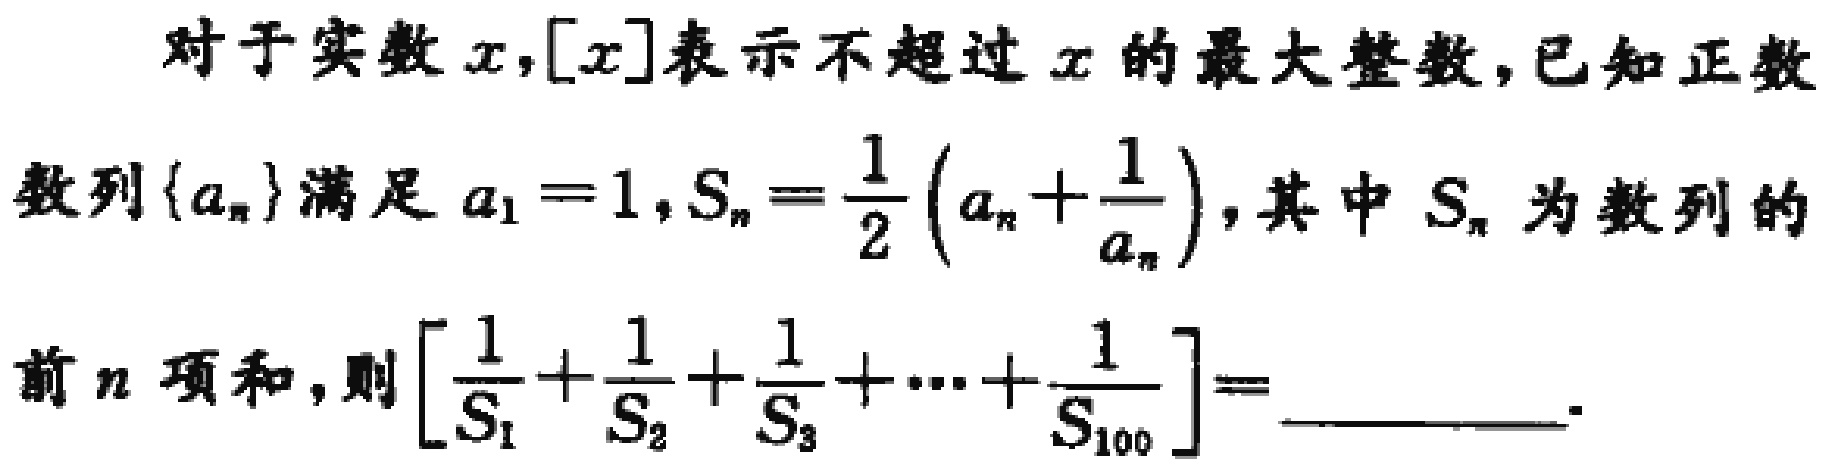
对于实数\(x,[x]\)表示不超过\(x\)的最大整数，已知正数数列\(\{a_{n}\}\)满足\(a_{1}=1,S_{n}=\frac{1}{2}(a_{n}+\frac{1}{a_{n}})\)，其中\(S_{n}\)为数列的前\(n\)项和，则\([\frac{1}{S_{1}}+\frac{1}{S_{2}}+\frac{1}{S_{3}}+\cdots+\frac{1}{S_{100}}]=\)_________.